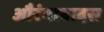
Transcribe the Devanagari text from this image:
औरंगाबादस